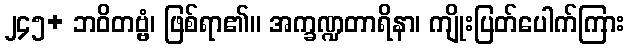
၂၄၅+ ဘဝိတဗ္ဗံ၊ ဖြစ်ရာ၏။ အက္ခဏ္ဍတာရိနာ၊ ကျိုးပြတ်ပေါက်ကြား